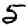
Digit: 5